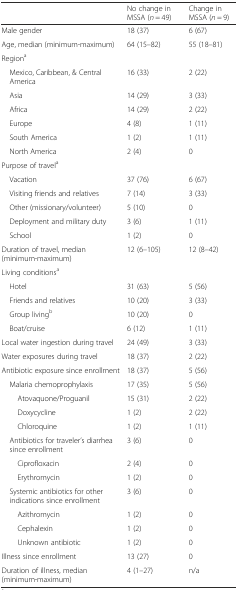
|  | No change in MSSA (n = 49) | Change in MSSA (n = 9) |
 | --- | --- | --- |
 | Male gender | 18 (37) | 6 (67) |
 | Age, median (minimum-maximum) | 64 (15–82) | 55 (18–81) |
 | <COLSPAN=3> Regiona |
 | Mexico, Caribbean, & Central America | 16 (33) | 2 (22) |
 | Asia | 14 (29) | 3 (33) |
 | Africa | 14 (29) | 2 (22) |
 | Europe | 4 (8) | 1 (11) |
 | South America | 1 (2) | 1 (11) |
 | North America | 2 (4) | 0 |
 | <COLSPAN=3> Purpose of travela |
 | Vacation | 37 (76) | 6 (67) |
 | Visiting friends and relatives | 7 (14) | 3 (33) |
 | Other (missionary/volunteer) | 5 (10) | 0 |
 | Deployment and military duty | 3 (6) | 1 (11) |
 | School | 1 (2) | 0 |
 | Duration of travel, median (minimum-maximum) | 12 (6–105) | 12 (8–42) |
 | <COLSPAN=3> Living conditionsa |
 | Hotel | 31 (63) | 5 (56) |
 | Friends and relatives | 10 (20) | 3 (33) |
 | Group livingb | 10 (20) | 0 |
 | Boat/cruise | 6 (12) | 1 (11) |
 | Local water ingestion during travel | 24 (49) | 3 (33) |
 | Water exposures during travel | 18 (37) | 2 (22) |
 | Antibiotic exposure since enrollment | 18 (37) | 5 (56) |
 | Malaria chemoprophylaxis | 17 (35) | 5 (56) |
 | Atovaquone/Proguanil | 15 (31) | 2 (22) |
 | Doxycycline | 1 (2) | 2 (22) |
 | Chloroquine | 1 (2) | 1 (11) |
 | Antibiotics for traveler’s diarrhea since enrollment | 3 (6) | 0 |
 | Ciprofloxacin | 2 (4) | 0 |
 | Erythromycin | 1 (2) | 0 |
 | Systemic antibiotics for other indications since enrollment | 3 (6) | 0 |
 | Azithromycin | 1 (2) | 0 |
 | Cephalexin | 1 (2) | 0 |
 | Unknown antibiotic | 1 (2) | 0 |
 | Illness since enrollment | 13 (27) | 0 |
 | Duration of illness, median (minimum-maximum) | 4 (1–27) | n/a |